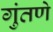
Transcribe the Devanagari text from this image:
गुंतणे